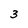
Character: 3